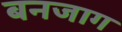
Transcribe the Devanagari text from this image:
बनजाग